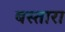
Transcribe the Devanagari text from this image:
बस्तारा